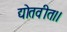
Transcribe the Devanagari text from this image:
द्योतवीत।।